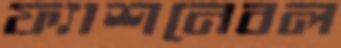
ফ্যাশনেবল